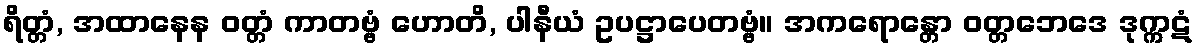
ရိတ္တံ, အထာနေန ဝတ္တံ ကာတဗ္ဗံ ဟောတိ, ပါနီယံ ဥပဋ္ဌာပေတဗ္ဗံ။ အကရောန္တော ဝတ္တဘေဒေ ဒုက္ကဋံ